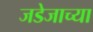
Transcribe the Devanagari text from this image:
जडेजाच्या